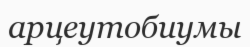
арцеутобиумы